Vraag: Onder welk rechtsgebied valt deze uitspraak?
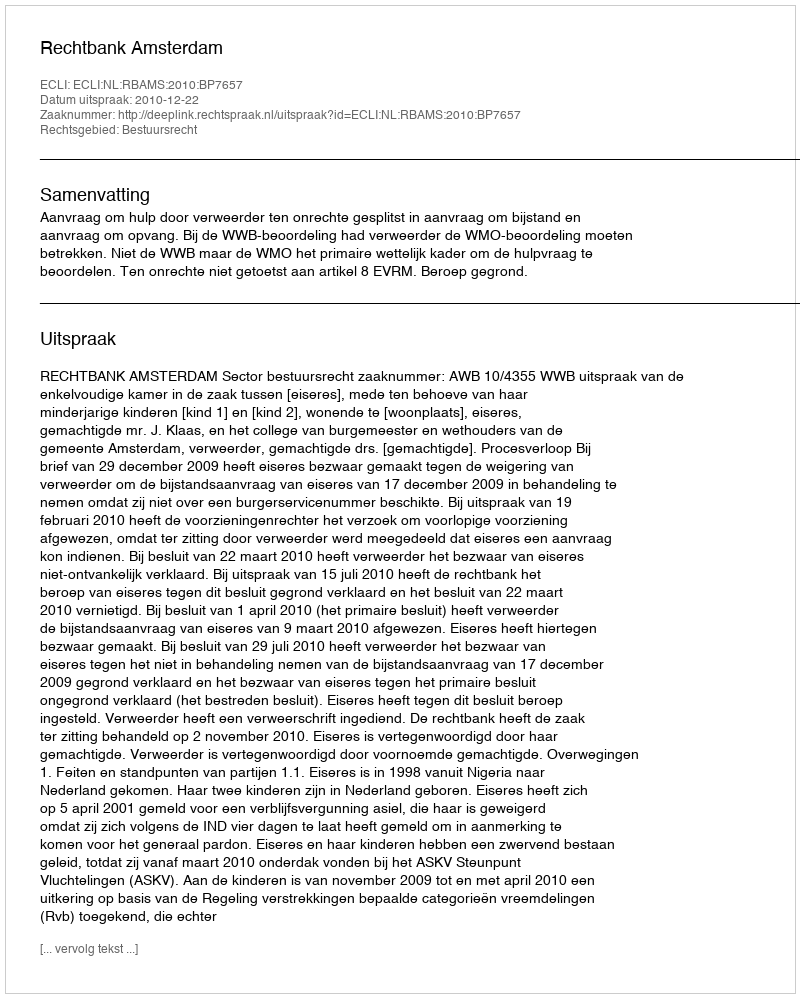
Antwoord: Bestuursrecht